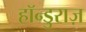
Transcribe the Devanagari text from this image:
हॉन्डुराज़